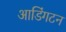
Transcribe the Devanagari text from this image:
आडिंगटन